Lunatic asylums Central Provinces reports 1910-1926 - 1910-1926
Year: 1910
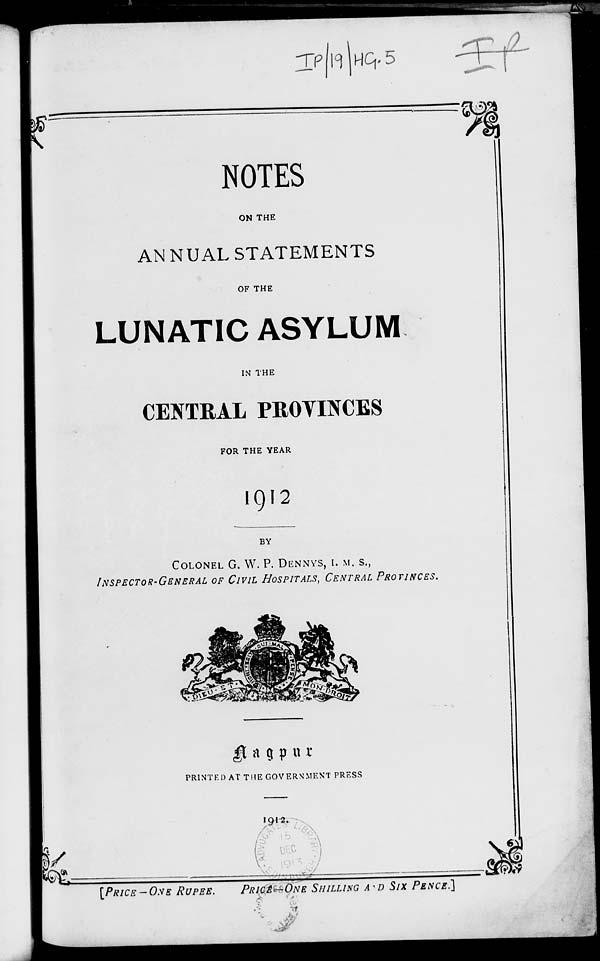
NOTES
ON THE
ANNUAL STATEMENTS
OF THE
LUNATIC ASYLUM
IN THE
CENTRAL PROVINCES
FOR THE YEAR
1912
BY
COLONEL G. W. P. DENNYS, I. M. S.,
INSPECTOR-GENRAL OF CIVIL HOSPITALS, CENTRAL PROVINCES.
Nagpur
PRINTED AT THE GOVERNMENT PRESS
1912.
[PRICE-ONE RUPEE. PRICE—ONE SHILLING AND SIX PENCE.]